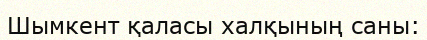
Шымкент қаласы халқының саны: